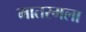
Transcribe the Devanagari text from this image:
मातरमला